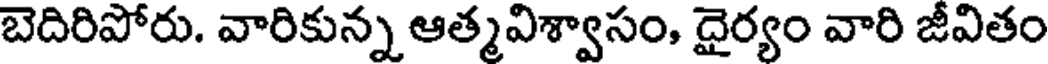
బెదిరిపోరు. వారికున్న ఆత్మవిశ్వాసం, దైర్యం వారి జీవితం